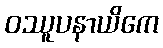
ဝဿူပနာယိကေ